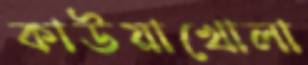
কাউয়াখোলা